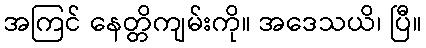
အကြင် နေတ္တိကျမ်းကို။ အဒေသယိ၊ ပြီ။